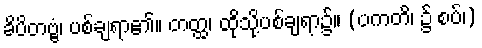
ခိပိတဗ္ဗံ၊ ပစ်ချရာ၏။ တတ္ထ၊ ထိုသို့ပစ်ချရာ၌။ (ပကတိ၊ ၌ စပ်၊)